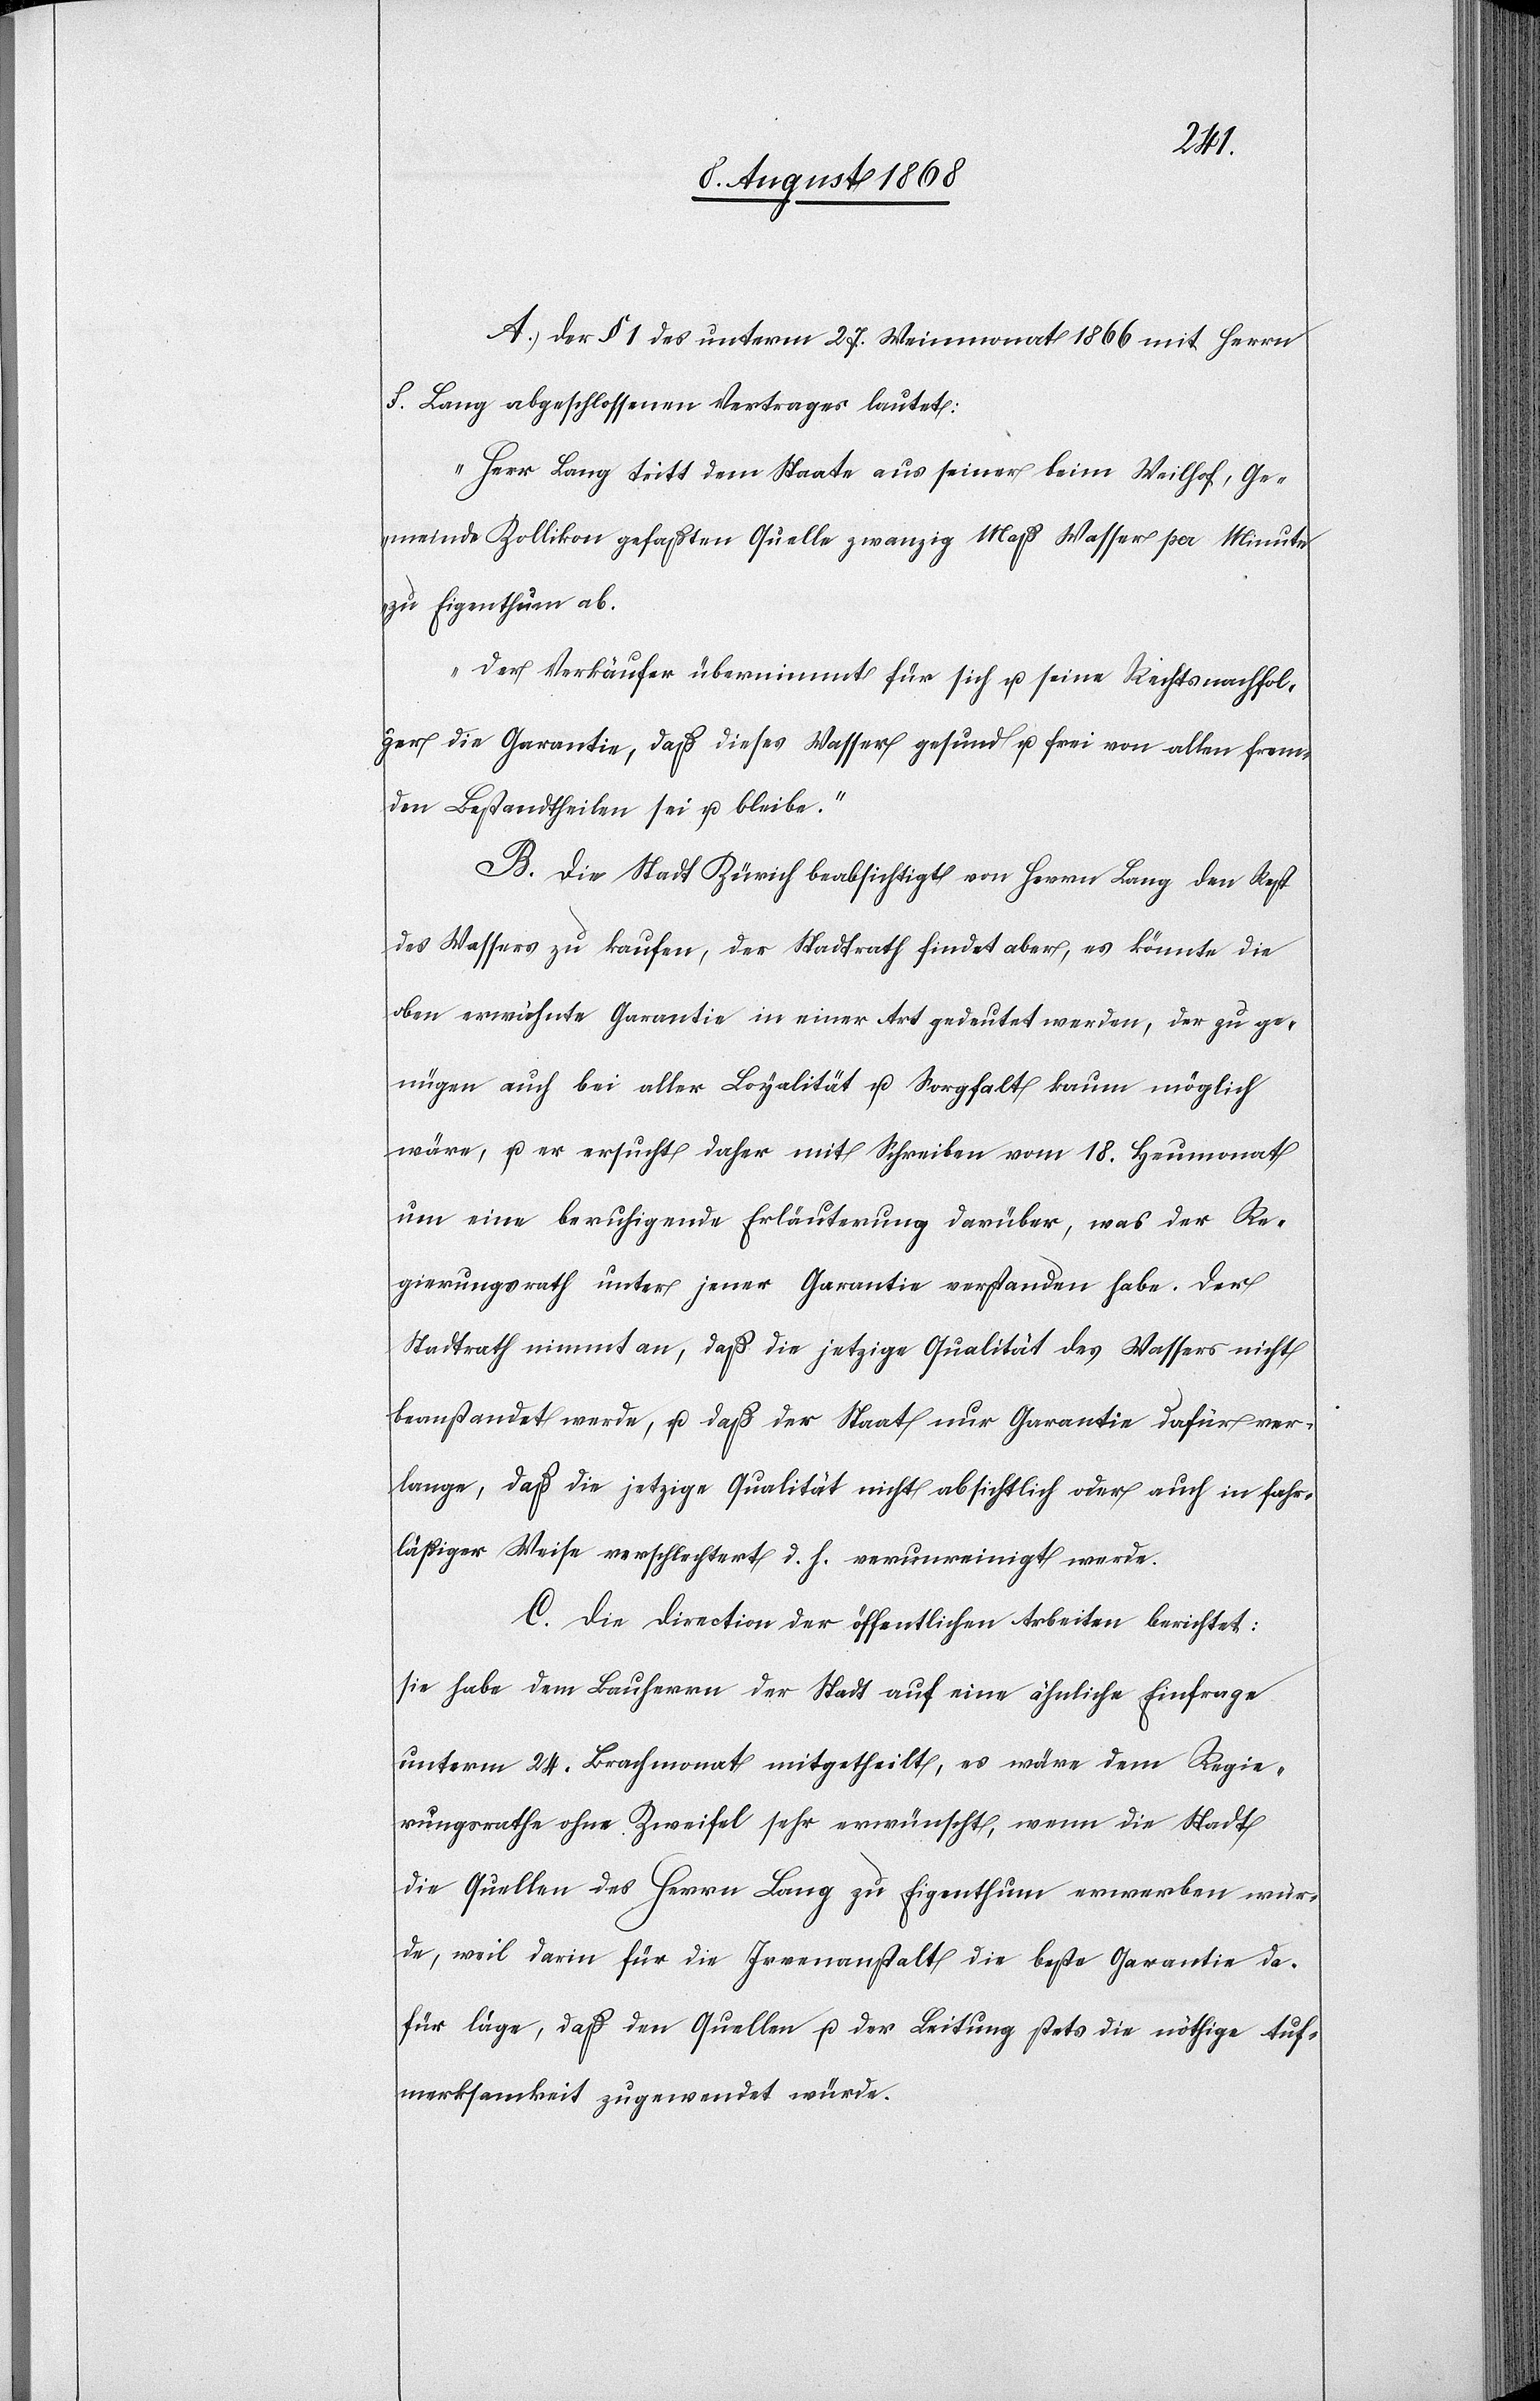
A. Der § 1 des unterm 27. Weinmonat 1866 mit Herrn
F. Lang abgeschlossenen Vertrages lautet:
„Herr Lang tritt dem Staate aus seiner beim Weilhof, Ge¬
meinde Zollikon gefaßten Quelle zwanzig Maß Wasser per Minute
zu Eigenthum ab.
Der Verkäufer übernimmt für sich u. seine Rechtsnachfol¬
ger die Garantie, daß dieses Wasser gesund u. frei von allen frem¬
den Bestandtheilen sei u. bleibe.“
B. Die Stadt Zürich beabsichtigt von Herrn Lang den Rest
des Wassers zu kaufen, der Stadtrath findet aber, es könnte die
oben erwähnte Garantie in einer Art gedeutet werden, der zu ge¬
nügen auch bei aller Loyalität u. Sorgfalt kaum möglich
wäre, u. er ersucht daher mit Schreiben vom 18. Heumonat
um eine beruhigende Erläuterung darüber, was der Re¬
gierungsrath unter jener Garantie verstanden habe. Der
Stadtrath nimmt an, daß die jetzige Qualität des Wassers nicht
beanstandet werde, u. daß der Staat nur Garantie dafür ver¬
lange, daß die jetzige Qualität nicht absichtlich oder auch in fahr¬
läßiger Weise verschlechtert d. h. verunreinigt werde.
C. Die Direction der öffentlichen Arbeiten berichtet:
sie habe dem Bauherrn der Stadt auf eine ähnliche Einfrage
unterm 24. Brachmonat mitgetheilt, es wäre dem Regie¬
rungsrathe ohne Zweifel sehr erwünscht, wenn die Stadt
die Quellen des Herrn Lang zu Eigenthum erwerben wür¬
de, weil darin für die Irrenanstalt die beste Garantie da¬
für läge, daß den Quellen u. der Leitung stets die nöthige Auf¬
merksamkeit zugewendet würde.